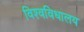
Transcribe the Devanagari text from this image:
विश्‍वविधालय